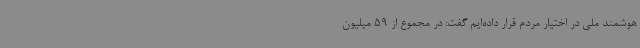
هوشمند ملی در اختیار مردم قرار داده‌ایم گفت: در مجموع از 59 میلیون